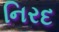
નિરદ